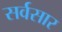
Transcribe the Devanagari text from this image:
सर्वसार